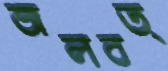
জলবত্